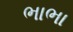
ભાભા